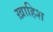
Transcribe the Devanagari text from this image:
ख़ाहिश